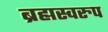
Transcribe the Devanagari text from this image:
ब्रह्मस्वरुप